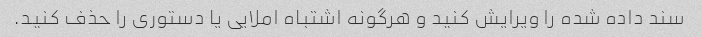
سند داده شده را ویرایش کنید و هرگونه اشتباه املایی یا دستوری را حذف کنید.